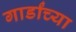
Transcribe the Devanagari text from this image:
गार्डांच्या